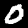
Label: 0